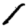
Digit: 1